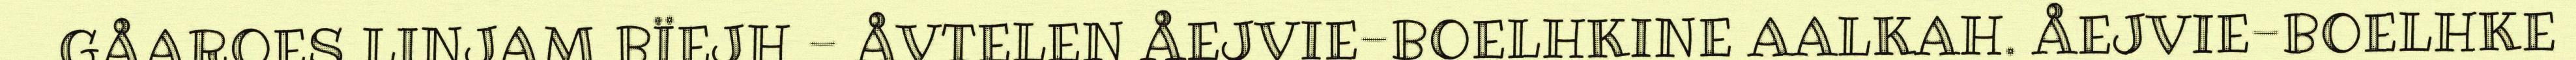
GÅAROES LINJAM BÏEJH - ÅVTELEN ÅEJVIE-BOELHKINE AALKAH. ÅEJVIE-BOELHKE